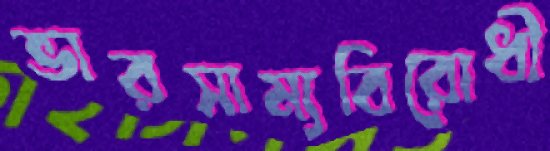
ভারসাম্যবিরোধী